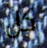
كل